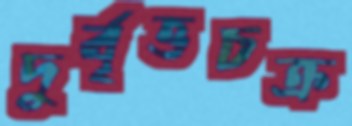
দুর্বৃত্তচক্র